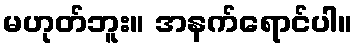
မဟုတ်ဘူး။ အနက်ရောင်ပါ။